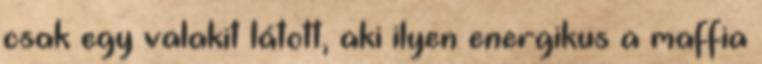
csak egy valakit látott, aki ilyen energikus a maffia